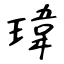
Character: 瑋